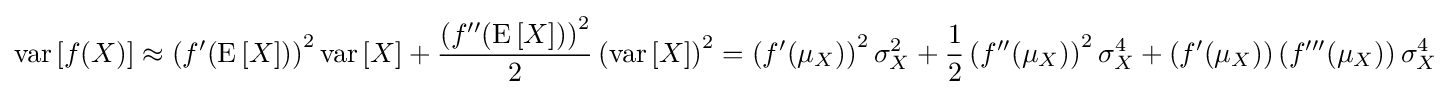
\operatorname {var} \left[f(X)\right]\approx \left(f'(\operatorname {E} \left[X\right])\right)^{2}\operatorname {var} \left[X\right]+{\frac {\left(f''(\operatorname {E} \left[X\right])\right)^{2}}{2}}\left(\operatorname {var} \left[X\right]\right)^{2}=\left(f'(\mu _{X})\right)^{2}\sigma _{X}^{2}+{\frac {1}{2}}\left(f''(\mu _{X})\right)^{2}\sigma _{X}^{4}+\left(f'(\mu _{X})\right)\left(f'''(\mu _{X})\right)\sigma _{X}^{4}